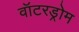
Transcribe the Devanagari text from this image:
वॉटरड्रोम